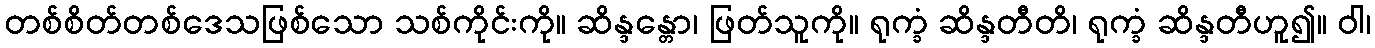
တစ်စိတ်တစ်ဒေသဖြစ်သော သစ်ကိုင်းကို။ ဆိန္ဒန္တော၊ ဖြတ်သူကို။ ရုက္ခံ ဆိန္ဒတီတိ၊ ရုက္ခံ ဆိန္ဒတီဟူ၍။ ဝါ၊